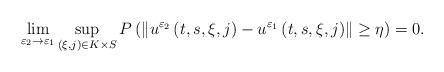
LaTeX: \begin{align*}\mathop {\lim }\limits_{\varepsilon _2 \to \varepsilon _1 } \mathop {\sup}\limits_{(\xi,j) \in K\times S} P\left ( {\| {u^{\varepsilon_2} \left( {t,s,\xi ,j} \right)-u^{\varepsilon_1} \left( {t,s,\xi,j } \right)} \|\ge \eta } \right) = 0.\end{align*}